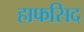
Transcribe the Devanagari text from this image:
हाफसिद